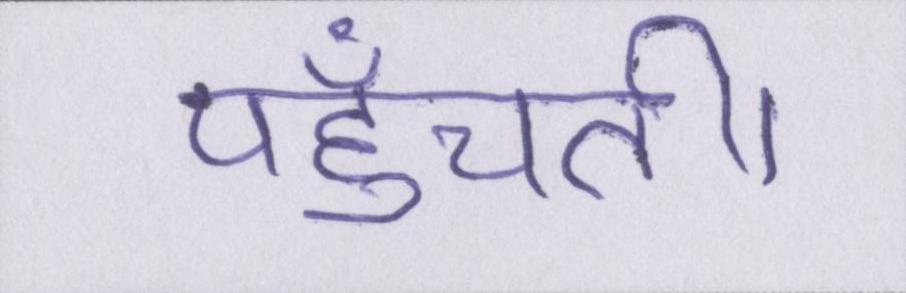
पहुँचती।